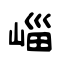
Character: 崰